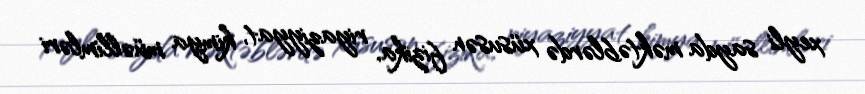
xeyli sayda məktəblərdə xüsusən fizika, riyaziyyat, kimya müəllimləri